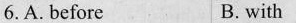
6.A. Before B. with